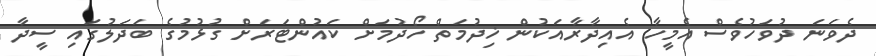
ދެވަނަ ދުވަހުވެސް އެމީހާ އެއިދާރާއަކުން ޚިދުމަތް ހޯދުމަށް ކައުންޓަރަށް ގުޅުމުގެ ބަދަލުގައި ސީދާ